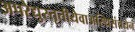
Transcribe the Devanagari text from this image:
अपरेद्युस्तृतीयेवाअस्थिसंचयनं